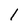
Character: 1